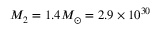
M _ { 2 } = 1 . 4 M _ { \odot } = 2 . 9 \times 1 0 ^ { 3 0 }